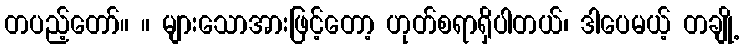
တပည့်တော်။ ။ များသောအားဖြင့်တော့ ဟုတ်စရာရှိပါတယ်၊ ဒါပေမယ့် တချို့